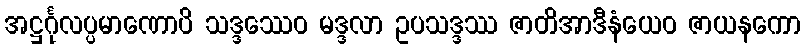
အဋ္ဌင်္ဂုလပ္ပမာဏောပိ သဒ္ဒဿေဝ မဒ္ဒလာ ဥပသဒ္ဒဿ ဇာတိအာဒီနံယေဝ ဇာယနကော